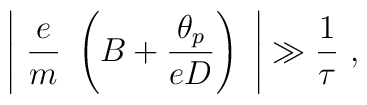
\left\vert~\frac{e}{m}~\left( B + \frac{\theta_p}{eD} \right)~       \right\vert \gg \frac{1}{\tau}~,